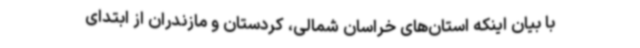
با بیان اینکه استان‌های خراسان شمالی، کردستان و مازندران از ابتدای